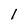
Character: l